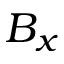
B _ { x }